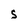
Character: S